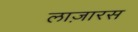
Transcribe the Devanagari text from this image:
लाज़ारस